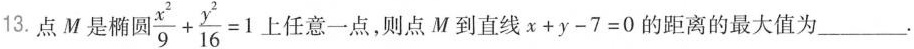
13.点M是椭圆$$\frac { x ^ { 2 } } { 9 } + \frac { y ^ { 2 } } { 1 6 } = 1$$ 上任意一点，则点M到直线$$x + y - 7 = 0$$的距离的最大值为___.